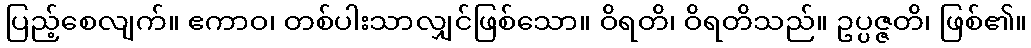
ပြည့်စေလျက်။ ဧကာဝ၊ တစ်ပါးသာလျှင်ဖြစ်သော။ ဝိရတိ၊ ဝိရတိသည်။ ဥပ္ပဇ္ဇတိ၊ ဖြစ်၏။